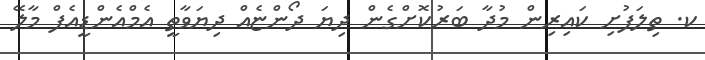
ކ. ތިލަފުށި ކައިރިން މުދާ ބަރުކޮށްގެން ދިޔަ ދޯންޏެއް ދިޔަވާތީ އެމްއެންޑީއެފް މާލޭ